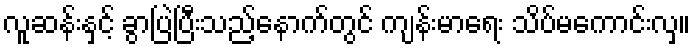
လူဆန်းနှင့် ခွာပြဲပြီးသည့်နောက်တွင် ကျန်းမာရေး သိပ်မကောင်းလှ။